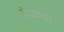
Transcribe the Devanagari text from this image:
बेअदबी